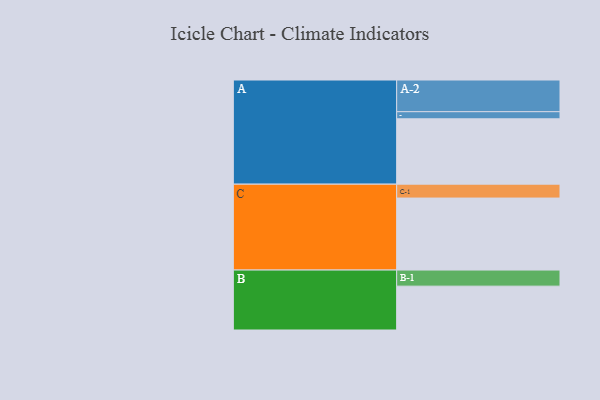
{"axis": {"x": "Segment", "y": "Value"}, "legend": ["", "A", "B", "C"], "data": [{"x": "A", "y": 532, "type": ""}, {"x": "B", "y": 357, "type": ""}, {"x": "C", "y": 586, "type": ""}, {"x": "A-1", "y": 58, "type": "A"}, {"x": "A-2", "y": 258, "type": "A"}, {"x": "B-1", "y": 131, "type": "B"}, {"x": "C-1", "y": 113, "type": "C"}]}